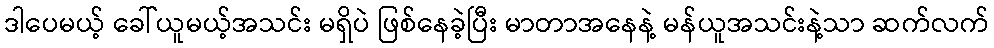
ဒါပေမယ့် ခေါ်ယူမယ့်အသင်း မရှိပဲ ဖြစ်နေခဲ့ပြီး မာတာအနေနဲ့ မန်ယူအသင်းနဲ့သာ ဆက်လက်